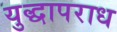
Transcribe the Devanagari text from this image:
युद्धापराध